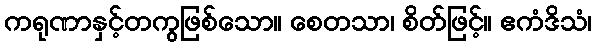
ကရုဏာနှင့်တကွဖြစ်သော။ စေတသာ၊ စိတ်ဖြင့်။ ဧကံဒိသံ၊